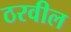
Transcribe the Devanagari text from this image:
ठरवील